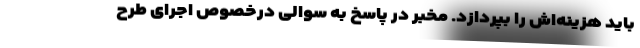
باید هزینه‌اش را بپردازد. مخبر در پاسخ به سوالی درخصوص اجرای طرح